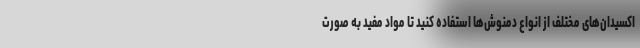
اکسیدان‌های مختلف از انواع دمنوش‌ها استفاده کنید تا مواد مفید به صورت